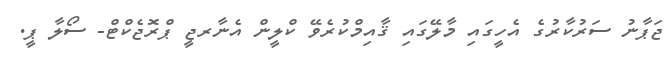
ޖަޕާނު ސަރުކާރުގެ އެހީގައި މާލޭގައި ޤާއިމްކުރެވޭ ކްލީން އެނާރޖީ ޕްރޮޖެކްޓް- ސޯލާ ޕީ.